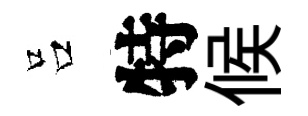
吕特候